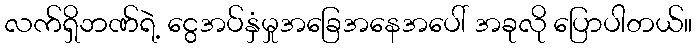
လက်ရှိဘဏ်ရဲ့ ငွေအပ်နှံမှုအခြေအနေအပေါ် အခုလို ပြောပါတယ်။